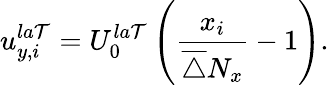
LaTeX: u_{y,i}^{la\mathcal{T}}=U_{0}^{la\mathcal{T}}\left(\frac{{x_{i}}}{{\overline{{{\triangle}}}N_{x}}}-1\right).